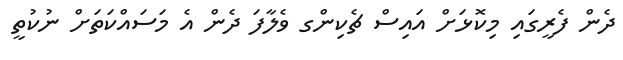
ދެން ފެރީގައި މިކޮޅަށް އައިސް ޗެކިންގ ވެލާފަ ދެން އެ މަސައްކަތަށް ނުކުތީ